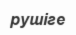
рушіге